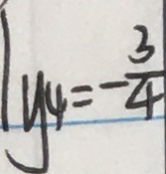
\vert y _ { 4 } = - \frac { 3 } { 4 }